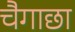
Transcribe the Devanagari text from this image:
चैगाछा